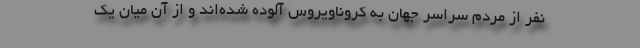
نفر از مردم سراسر جهان به کروناویروس آلوده شده‌اند و از آن میان یک